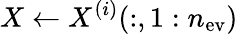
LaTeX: X\leftarrow X^{(i)}(:,1:n_{\mathrm{ev}})